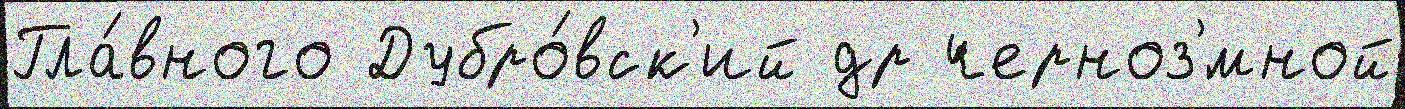
Гла́вного Дубро́вск'ий др черноз'́мной